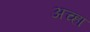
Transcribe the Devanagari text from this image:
अच्हा